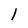
Character: 1